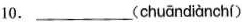
10.___( chuāndiànchí )